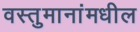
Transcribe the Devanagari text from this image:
वस्तुमानांमधील